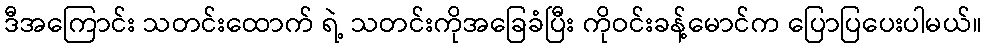
ဒီအကြောင်း သတင်းထောက် ရဲ့ သတင်းကိုအခြေခံပြီး ကိုဝင်းခန့်မောင်က ပြောပြပေးပါမယ်။